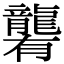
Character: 𪚞